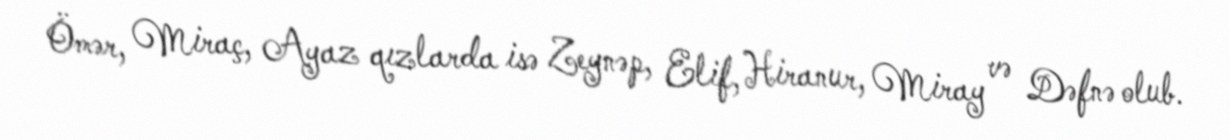
Ömər, Miraç, Ayaz qızlarda isə Zeynəp, Elif, Hiranur, Miray və Dəfnə olub.